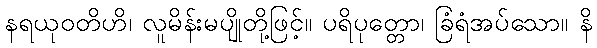
နရယုဝတိဟိ၊ လူမိန်းမပျိုတို့ဖြင့်။ ပရိပုတ္တော၊ ခြံရံအပ်သော။ နိ